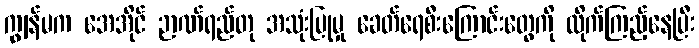
ကျွန်မက အေအိုင် ဉာဏ်ရည်တု အသုံးပြုမှု ခေတ်ရေစီးကြောင်းတွေကို လိုက်ကြည့်နေပြီး